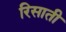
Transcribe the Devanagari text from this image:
रिसाती